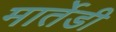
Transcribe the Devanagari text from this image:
मार्तेडी